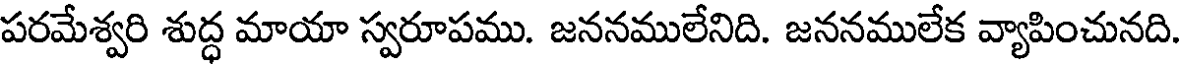
పరమేశ్వరి శుద్ధ మాయా స్వరూపము. జననములేనిది. జననములేక వ్యాపించునది